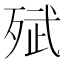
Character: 𭮗